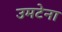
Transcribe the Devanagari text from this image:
उमटेना